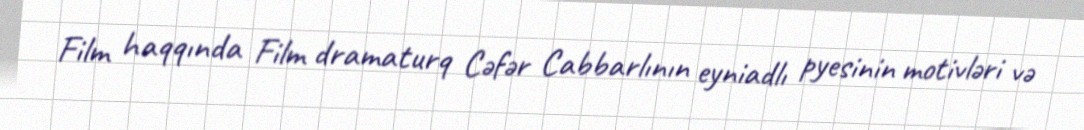
Film haqqında Film dramaturq Cəfər Cabbarlının eyniadlı pyesinin motivləri və